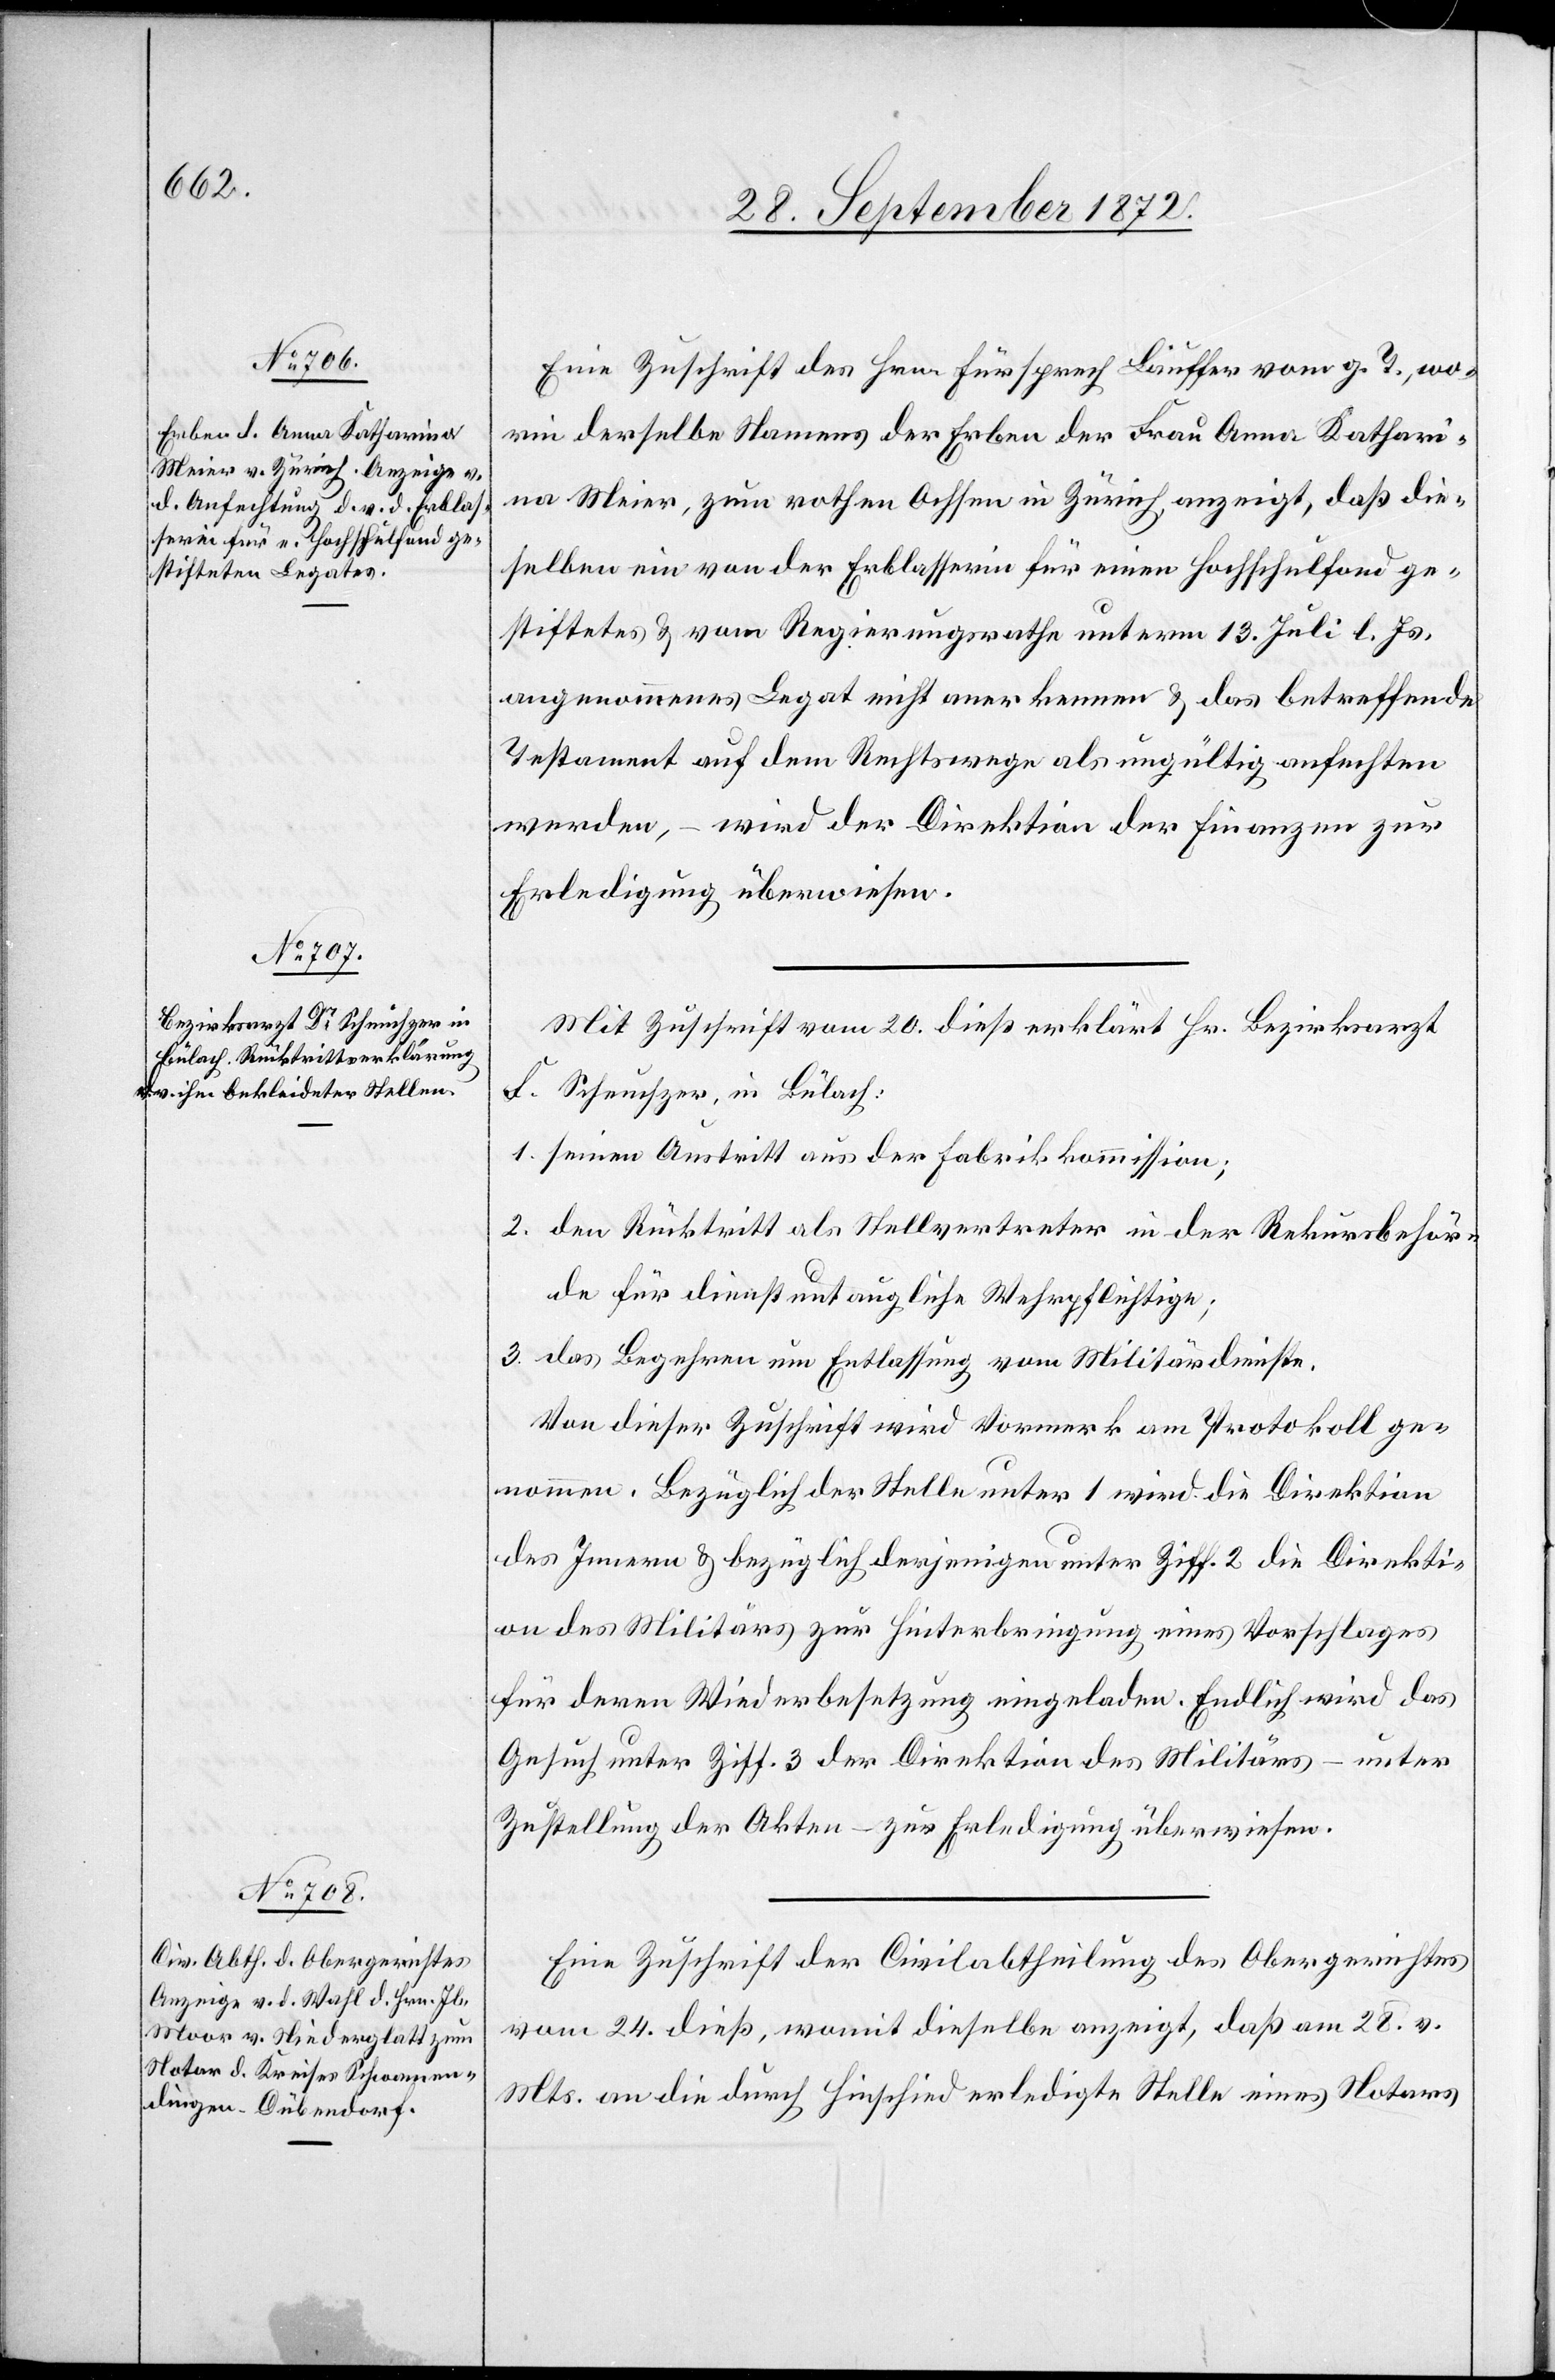
Eine Zuschrift des Hrn. Fürsprech Lauffer vom g. T, wo¬
rin derselbe Namens der Erben der Frau Anna Kathari¬
na Meier, zum rothen Ochsen in Zürich anzeigt, daß die¬
selben ein von der Erblasserin für einen Hochschulfond ge¬
stiftetes u. vom Regierungsrathe unterm 13. Juli l. Js.
angenommenes Legat nicht anerkennen u. das betreffende
Testament auf dem Rechtswege als ungültig anfechten
werden, – wird der Direktion der Finanzen zur
Erledigung überwiesen.
Mit Zuschrift vom 10. dieß erklärt Hr. Bezirksarzt
F. Scheuchzer, in Bülach:
1. seinen Austritt aus der Fabrikkommission;
2. den Rücktritt als Stellvertreter in der Rekursbehör¬
de für dienstuntaugliche Wehrpflichtige;
3. das Begehren um Entlassung vom Militärdienste.
Von dieser Zuschrift wird Vormerk am Protokoll ge¬
nommen. Bezüglich der Stelle unter 1 wird die Direktion
des Innern u. bezüglich derjenigen unter Ziff. 2 die Direkti¬
on des Militärs zur Hinterbringung eines Vorschlages
für deren Wiederbesetzung eingeladen. Endlich wird das
Gesuch unter Ziff. 3 der Direktion des Militärs – unter
Zustellung der Akten – zur Erledigung überwiesen.
Eine Zuschrift der Civilabtheilung des Obergerichtes
vom 24. dieß, womit dieselbe anzeigt, daß am 28. v.
Mts. an die durch Hinschied erledigte Stelle eines Notars